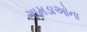
ગામડાઓના